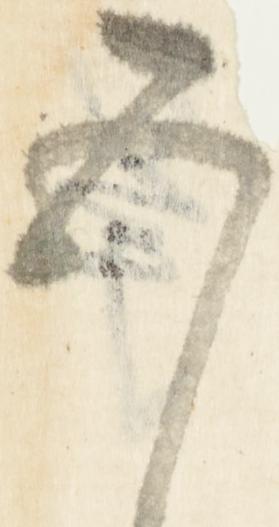
五